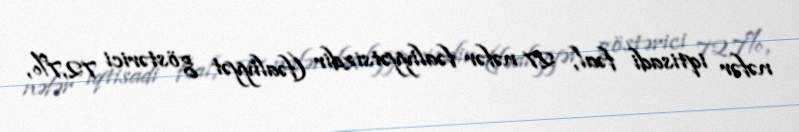
nəfər iqtisadi fəal, 27 nəfər fəaliyyətsizdir (fəaliyyət göstərici 72,7%,